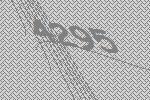
4295